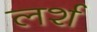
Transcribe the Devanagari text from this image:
लर्श